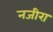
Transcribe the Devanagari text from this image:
नजीरा